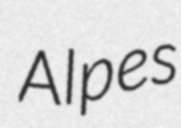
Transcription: Alpes